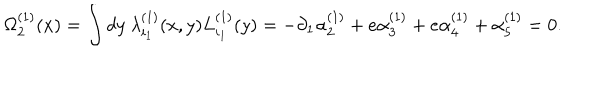
\Omega _ { 2 } ^ { ( 1 ) } ( x ) = \int d y \ \lambda _ { i _ { 1 } } ^ { ( 1 ) } ( x , y ) L _ { i _ { 1 } } ^ { ( 1 ) } ( y ) = - \partial _ { 1 } \alpha _ { 2 } ^ { ( 1 ) } + e \alpha _ { 3 } ^ { ( 1 ) } + e \alpha _ { 4 } ^ { ( 1 ) } + \alpha _ { 5 } ^ { ( 1 ) } = 0 .